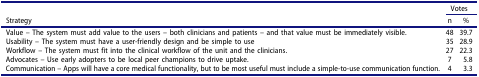
<table><thead><tr><td rowspan="2"><b>Strategy</b></td><td colspan="2"><b>Votes</b></td></tr><tr><td><b>n</b></td><td><b>%</b></td></tr></thead><tbody><tr><td>Value – The system must add value to the users – both clinicians and patients – and that value must be immediately visible.</td><td>48</td><td>39.7</td></tr><tr><td>Usability – The system must have a user-friendly design and be simple to use</td><td>35</td><td>28.9</td></tr><tr><td>Workflow – The system must fit into the clinical workflow of the unit and the clinicians.</td><td>27</td><td>22.3</td></tr><tr><td>Advocates – Use early adopters to be local peer champions to drive uptake.</td><td>7</td><td>5.8</td></tr><tr><td>Communication – Apps will have a core medical functionality, but to be most useful must include a simple-to-use communication function.</td><td>4</td><td>3.3</td></tr></tbody></table>